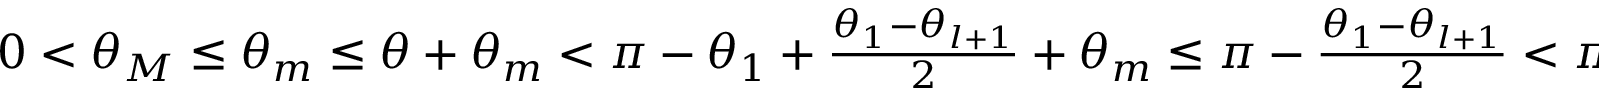
\begin{array} { r } { 0 < \theta _ { M } \le \theta _ { m } \le \theta + \theta _ { m } < \pi - \theta _ { 1 } + \frac { \theta _ { 1 } - \theta _ { l + 1 } } { 2 } + \theta _ { m } \le \pi - \frac { \theta _ { 1 } - \theta _ { l + 1 } } { 2 } < \pi . } \end{array}